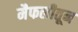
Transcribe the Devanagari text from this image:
मैफलीतून